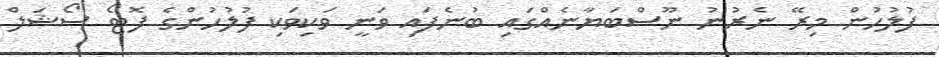
ފުލުހުން މިރޭ ނެރުނު ނޫސްބަޔާނެއްގައި ބުނެފައި ވަނީ ވަކިވަކި ފުލުހުންގެ ފޮޓޯ ސޯޝަލް